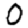
Digit: 0